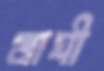
মাঘী